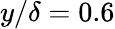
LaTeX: y/\delta=0.6